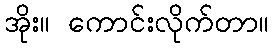
အိုး။ ကောင်းလိုက်တာ။